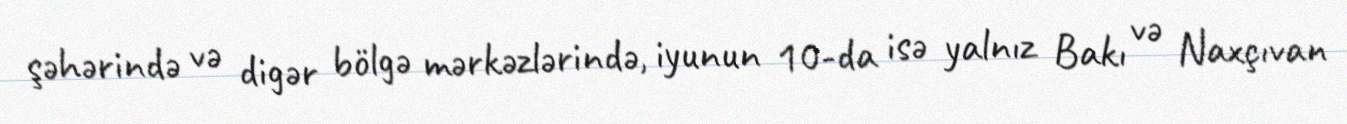
şəhərində və digər bölgə mərkəzlərində, iyunun 10-da isə yalnız Bakı və Naxçıvan